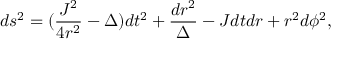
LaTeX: d s ^ { 2 } = ( \frac { J ^ { 2 } } { 4 r ^ { 2 } } - \Delta ) d t ^ { 2 } + \frac { d r ^ { 2 } } { \Delta } - J d t d r + r ^ { 2 } d \phi ^ { 2 } ,